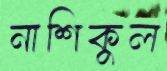
নাশিকুল